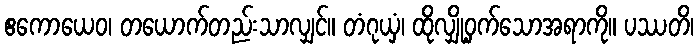
ဧကောယေဝ၊ တယောက်တည်းသာလျှင်။ တံဂုယှံ၊ ထိုလျှို့ဝှက်သောအရာကို။ ပဿတိ၊